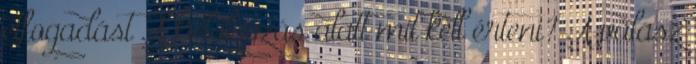
elfogadást A kidolgozás alatt mit kell érteni? A válasz